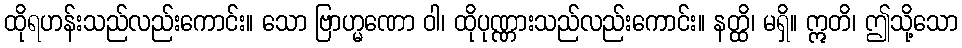
ထိုရဟန်းသည်လည်းကောင်း။ သော ဗြာဟ္မဏော ဝါ၊ ထိုပုဏ္ဏားသည်လည်းကောင်း။ နတ္ထိ၊ မရှိ။ ဣတိ၊ ဤသို့သော